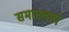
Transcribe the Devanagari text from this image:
समानताये